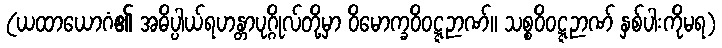
(ယထာယောဂံ၏ အဓိပ္ပါယ်ရဟန္တာပုဂ္ဂိုလ်တို့မှာ ဝိမောက္ခဝိဝဋ္ဋဉာဏ်။ သစ္စဝိဝဋ္ဋဉာဏ် နှစ်ပါးကိုမရ)